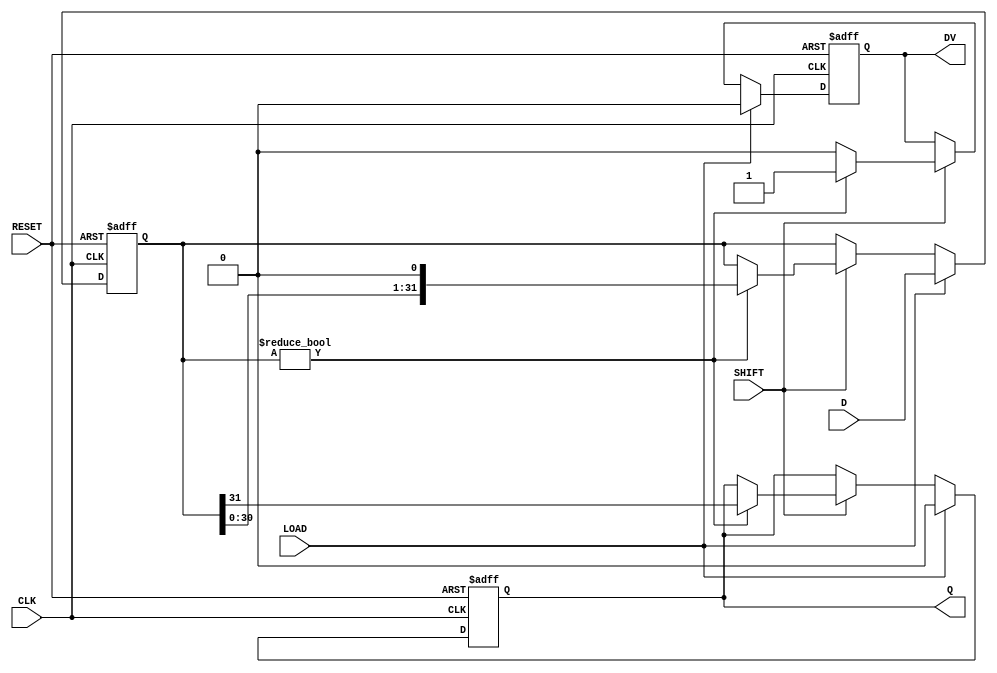
module PISO_Register (
    input wire [31:0] D,       // 32-bit Data input
    input wire LOAD,           // Load control signal
    input wire SHIFT,          // Shift control signal
    input wire CLK,            // Clock signal
    input wire RESET,          // Asynchronous Reset signal
    output reg Q,              // Serial output
    output reg DV              // Data Valid output
);

    reg [31:0] shift_reg;      // Internal shift register

    always @(posedge CLK or posedge RESET) begin
        if (RESET) begin
            shift_reg <= 32'b0; // Clear the shift register
            Q <= 0;             // Clear serial output
            DV <= 0;            // Clear data valid flag
        end else begin
            if (LOAD) begin
                // Load data into the shift register on LOAD signal
                shift_reg <= D;
                Q <= 0;         // Clear Q while loading
                DV <= 0;        // Data valid is low while loading
            end else if (SHIFT) begin
                // Shift data out serially
                if (shift_reg != 0) begin
                    Q <= shift_reg[31]; // Output the MSB
                    shift_reg <= {shift_reg[30:0], 1'b0}; // Shift left
                    DV <= 1; // Data valid while data is being shifted
                end else begin
                    DV <= 0; // No valid data left to shift
                end
            end
        end
    end

endmodule